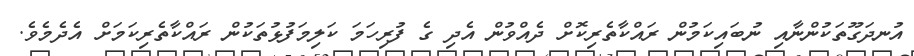
އުނދަގޫތަކުންނާއި ނުބައިކަމުން ރައްކާތެރިކޮށް ދެއްވުން އެދި ގެ ފުރިހަމަ ކަލިމަފުޅުތަކުން ރައްކާތެރިކަމަށް އެދެމެވެ.